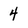
Character: 4